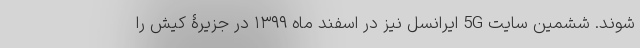
شوند. ششمین سایت 5G ایرانسل نیز در اسفند ماه ۱۳۹۹ در جزیرۀ کیش را